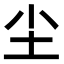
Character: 尘